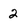
Character: 2